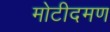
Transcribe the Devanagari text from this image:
मोटीदमण